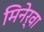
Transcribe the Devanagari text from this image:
मिनेर्वा